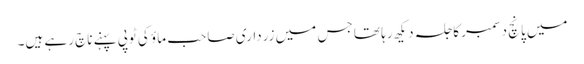
میں پانچ دسمبر کا جلسہ دیکھ رہا تھا جس میں زرداری صاحب ماؤ کی ٹوپی پہنے ناچ رہے ہیں۔